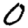
Digit: 0